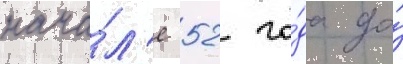
нача́л'е 52 го́да до́